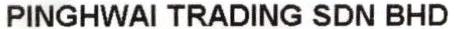
PINGHWAI TRADING SDN BHD